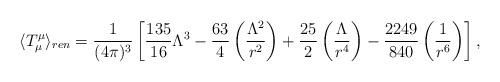
LaTeX: \begin{align*}\langle T^{\mu}_{\mu}\rangle_{ren}=\frac{1}{(4\pi)^{3}}\left[\frac{135}{16}\Lambda^{3}-\frac{63}{4}\left(\frac{\Lambda^{2}}{r^{2}}\right)+\frac{25}{2}\left(\frac{\Lambda}{r^{4}}\right)-\frac{2249}{840}\left(\frac{1}{r^{6}}\right)\right],\end{align*}